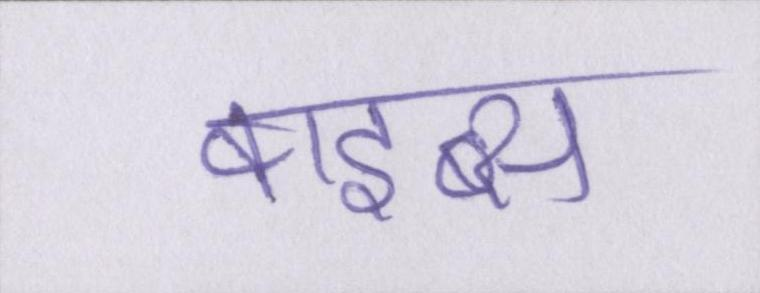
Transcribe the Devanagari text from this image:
वाइब्स